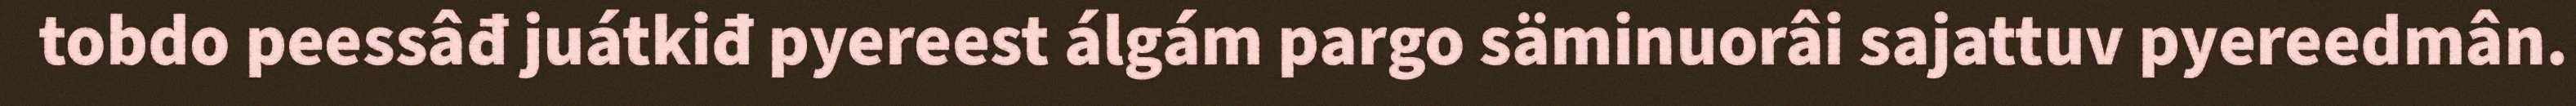
tobdo peessâđ juátkiđ pyereest álgám pargo säminuorâi sajattuv pyereedmân.